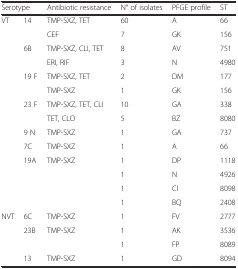
<table><thead><tr><td colspan="2"><b>Serotype</b></td><td><b>Antibiotic resistance</b></td><td><b>N° of isolates</b></td><td><b>PFGE profile</b></td><td><b>ST</b></td></tr></thead><tbody><tr><td rowspan="10">VT</td><td>14</td><td>TMP-SXZ, TET</td><td>60</td><td>A</td><td>66</td></tr><tr><td></td><td>CEF</td><td>7</td><td>GK</td><td>156</td></tr><tr><td>6B</td><td>TMP-SXZ, CLI, TET</td><td>8</td><td>AV</td><td>751</td></tr><tr><td></td><td>ERI, RIF</td><td>3</td><td>N</td><td>4980</td></tr><tr><td>19 F</td><td>TMP-SXZ, TET</td><td>2</td><td>DM</td><td>177</td></tr><tr><td></td><td>TMP-SXZ</td><td>1</td><td>GK</td><td>156</td></tr><tr><td>23 F</td><td>TMP-SXZ, TET, CLI</td><td>10</td><td>GA</td><td>338</td></tr><tr><td></td><td>TET, CLO</td><td>5</td><td>BZ</td><td>8080</td></tr><tr><td>9 N</td><td>TMP-SXZ</td><td>1</td><td>GA</td><td>737</td></tr><tr><td>7C</td><td>TMP-SXZ</td><td>1</td><td>A</td><td>66</td></tr><tr><td rowspan="4"></td><td>19A</td><td>TMP-SXZ</td><td>1</td><td>DP</td><td>1118</td></tr><tr><td></td><td></td><td>1</td><td>N</td><td>4926</td></tr><tr><td></td><td></td><td>1</td><td>CI</td><td>8098</td></tr><tr><td></td><td></td><td>1</td><td>BQ</td><td>2408</td></tr><tr><td rowspan="4">NVT</td><td>6C</td><td>TMP-SXZ</td><td>1</td><td>FV</td><td>2777</td></tr><tr><td>23B</td><td>TMP-SXZ</td><td>1</td><td>AK</td><td>3536</td></tr><tr><td></td><td></td><td>1</td><td>FP</td><td>8089</td></tr><tr><td>13</td><td>TMP-SXZ</td><td>1</td><td>GD</td><td>8094</td></tr></tbody></table>